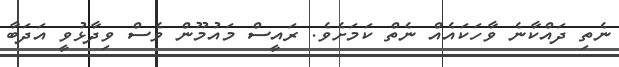
ނެތި ދައްކާނެ ވާހަކައެއް ނެތް ކަމަށެވެ. ރައީސް މައުމޫން ވެސް ވިދާޅުވީ އަދަބާ